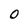
Character: O